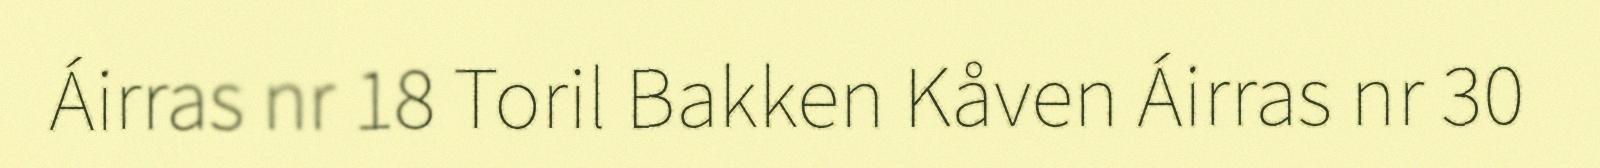
Áirras nr 18 Toril Bakken Kåven Áirras nr 30